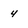
Character: 4